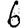
Digit: 6